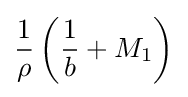
{\frac {1}{\rho }}\left({\frac {1}{b}}+M_{1}\right)